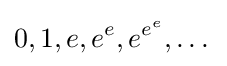
0,1,e,e^{e},e^{e^{e}},\dots